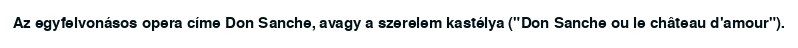
Az egyfelvonásos opera címe Don Sanche, avagy a szerelem kastélya ("Don Sanche ou le château d'amour").